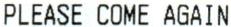
PLEASE COME AGAIN